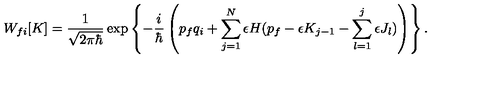
W _ { f i } [ K ] = \frac { 1 } { \sqrt { 2 \pi \hbar } } \exp \left\{ - \frac { i } { \hbar } \left( p _ { f } q _ { i } + \sum _ { j = 1 } ^ { N } \epsilon H ( p _ { f } - \epsilon K _ { j - 1 } - \sum _ { l = 1 } ^ { j } \epsilon J _ { l } ) \right) \right\} .